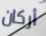
أركان